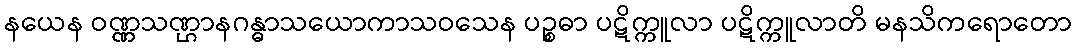
နယေန ဝဏ္ဏသဏ္ဌာနဂန္ဓာသယောကာသဝသေန ပဉ္စဓာ ပဋိက္ကူလာ ပဋိက္ကူလာတိ မနသိကရောတော